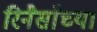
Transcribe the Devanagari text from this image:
रिनैसाँच्या